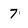
Character: 7